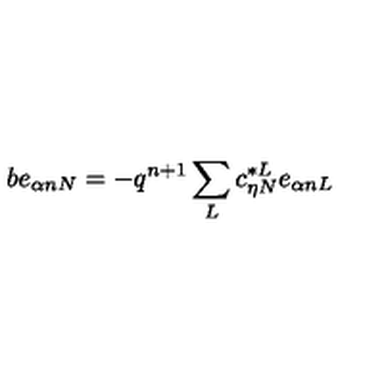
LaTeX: b e _ { \alpha n N } = - q ^ { n + 1 } \sum _ { L } c _ { \eta N } ^ { * L } e _ { \alpha n L }